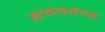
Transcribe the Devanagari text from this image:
आयससच्या